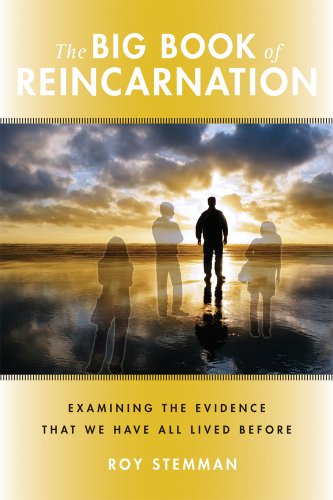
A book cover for The Big Book of Reincarnation: Examining the Evidence that We Have All Lived Before; Roy Stemman; Religion & Spirituality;